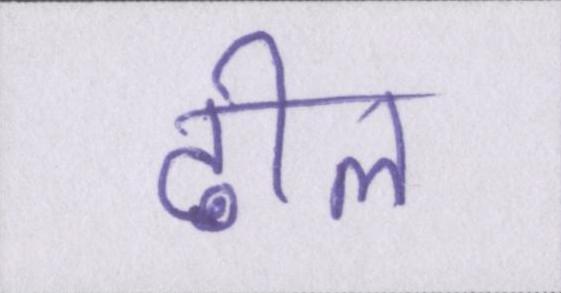
ढील